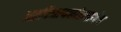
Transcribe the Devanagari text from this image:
अष्टविनायकांप्रमाणेच